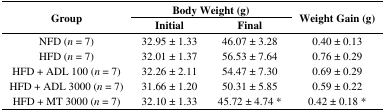
| <ROWSPAN=2> Group | <COLSPAN=2> Body Weight (g) | <ROWSPAN=2> Weight Gain (g) |
 | Initial | Final |
 | --- | --- | --- | --- |
 | NFD (n = 7) | 32.95 ± 1.33 | 46.07 ± 3.28 | 0.40 ± 0.13 |
 | HFD (n = 7) | 32.01 ± 1.37 | 56.53 ± 7.64 | 0.76 ± 0.29 |
 | HFD + ADL 100 (n = 7) | 32.26 ± 2.11 | 54.47 ± 7.30 | 0.69 ± 0.29 |
 | HFD + ADL 3000 (n = 7) | 31.66 ± 1.20 | 50.31 ± 5.85 | 0.59 ± 0.22 |
 | HFD + MT 3000 (n = 7) | 32.10 ± 1.33 | 45.72 ± 4.74 * | 0.42 ± 0.18 * |